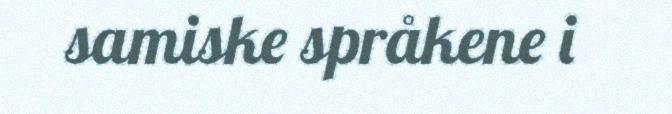
samiske språkene i